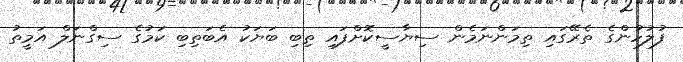
ފުލުހުންގެ ތެރޭގައި ތިމަންނަމެން ސިޔާސީކޮށްފައި ތިބި ބަޔަކު އެބަތިބި ކަމުގެ ސިގްނަލް އަމީތު